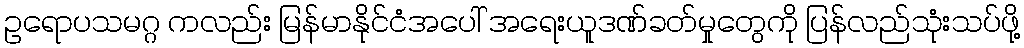
ဥရောပသမဂ္ဂ ကလည်း မြန်မာနိုင်ငံအပေါ် အရေးယူဒဏ်ခတ်မှုတွေကို ပြန်လည်သုံးသပ်ဖို့